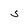
Character: 5